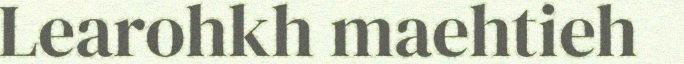
Learohkh maehtieh